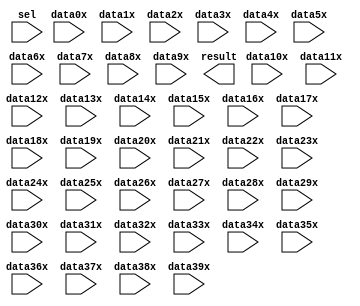
// megafunction wizard: %LPM_MUX%VBB%
// GENERATION: STANDARD
// VERSION: WM1.0
// MODULE: LPM_MUX 

// ============================================================
// Megafunction Name(s):
// 			LPM_MUX
//
// Simulation Library Files(s):
// 			lpm
// ============================================================
// ************************************************************
// THIS IS A WIZARD-GENERATED FILE. DO NOT EDIT THIS FILE!
//
// 18.1.0 Build 625 09/12/2018 SJ Lite Edition
// ************************************************************

//Copyright (C) 2018  Intel Corporation. All rights reserved.
//Your use of Intel Corporation's design tools, logic functions 
//and other software and tools, and its AMPP partner logic 
//functions, and any output files from any of the foregoing 
//(including device programming or simulation files), and any 
//associated documentation or information are expressly subject 
//to the terms and conditions of the Intel Program License 
//Subscription Agreement, the Intel Quartus Prime License Agreement,
//the Intel FPGA IP License Agreement, or other applicable license
//agreement, including, without limitation, that your use is for
//the sole purpose of programming logic devices manufactured by
//Intel and sold by Intel or its authorized distributors.  Please
//refer to the applicable agreement for further details.

module BUS_MUX (
	data0x,
	data10x,
	data11x,
	data12x,
	data13x,
	data14x,
	data15x,
	data16x,
	data17x,
	data18x,
	data19x,
	data1x,
	data20x,
	data21x,
	data22x,
	data23x,
	data24x,
	data25x,
	data26x,
	data27x,
	data28x,
	data29x,
	data2x,
	data30x,
	data31x,
	data32x,
	data33x,
	data34x,
	data35x,
	data36x,
	data37x,
	data38x,
	data39x,
	data3x,
	data4x,
	data5x,
	data6x,
	data7x,
	data8x,
	data9x,
	sel,
	result);

	input	[15:0]  data0x;
	input	[15:0]  data10x;
	input	[15:0]  data11x;
	input	[15:0]  data12x;
	input	[15:0]  data13x;
	input	[15:0]  data14x;
	input	[15:0]  data15x;
	input	[15:0]  data16x;
	input	[15:0]  data17x;
	input	[15:0]  data18x;
	input	[15:0]  data19x;
	input	[15:0]  data1x;
	input	[15:0]  data20x;
	input	[15:0]  data21x;
	input	[15:0]  data22x;
	input	[15:0]  data23x;
	input	[15:0]  data24x;
	input	[15:0]  data25x;
	input	[15:0]  data26x;
	input	[15:0]  data27x;
	input	[15:0]  data28x;
	input	[15:0]  data29x;
	input	[15:0]  data2x;
	input	[15:0]  data30x;
	input	[15:0]  data31x;
	input	[15:0]  data32x;
	input	[15:0]  data33x;
	input	[15:0]  data34x;
	input	[15:0]  data35x;
	input	[15:0]  data36x;
	input	[15:0]  data37x;
	input	[15:0]  data38x;
	input	[15:0]  data39x;
	input	[15:0]  data3x;
	input	[15:0]  data4x;
	input	[15:0]  data5x;
	input	[15:0]  data6x;
	input	[15:0]  data7x;
	input	[15:0]  data8x;
	input	[15:0]  data9x;
	input	[5:0]  sel;
	output	[15:0]  result;

endmodule

// ============================================================
// CNX file retrieval info
// ============================================================
// Retrieval info: PRIVATE: INTENDED_DEVICE_FAMILY STRING "Cyclone IV E"
// Retrieval info: PRIVATE: SYNTH_WRAPPER_GEN_POSTFIX STRING "0"
// Retrieval info: PRIVATE: new_diagram STRING "1"
// Retrieval info: LIBRARY: lpm lpm.lpm_components.all
// Retrieval info: CONSTANT: LPM_SIZE NUMERIC "40"
// Retrieval info: CONSTANT: LPM_TYPE STRING "LPM_MUX"
// Retrieval info: CONSTANT: LPM_WIDTH NUMERIC "16"
// Retrieval info: CONSTANT: LPM_WIDTHS NUMERIC "6"
// Retrieval info: USED_PORT: data0x 0 0 16 0 INPUT NODEFVAL "data0x[15..0]"
// Retrieval info: USED_PORT: data10x 0 0 16 0 INPUT NODEFVAL "data10x[15..0]"
// Retrieval info: USED_PORT: data11x 0 0 16 0 INPUT NODEFVAL "data11x[15..0]"
// Retrieval info: USED_PORT: data12x 0 0 16 0 INPUT NODEFVAL "data12x[15..0]"
// Retrieval info: USED_PORT: data13x 0 0 16 0 INPUT NODEFVAL "data13x[15..0]"
// Retrieval info: USED_PORT: data14x 0 0 16 0 INPUT NODEFVAL "data14x[15..0]"
// Retrieval info: USED_PORT: data15x 0 0 16 0 INPUT NODEFVAL "data15x[15..0]"
// Retrieval info: USED_PORT: data16x 0 0 16 0 INPUT NODEFVAL "data16x[15..0]"
// Retrieval info: USED_PORT: data17x 0 0 16 0 INPUT NODEFVAL "data17x[15..0]"
// Retrieval info: USED_PORT: data18x 0 0 16 0 INPUT NODEFVAL "data18x[15..0]"
// Retrieval info: USED_PORT: data19x 0 0 16 0 INPUT NODEFVAL "data19x[15..0]"
// Retrieval info: USED_PORT: data1x 0 0 16 0 INPUT NODEFVAL "data1x[15..0]"
// Retrieval info: USED_PORT: data20x 0 0 16 0 INPUT NODEFVAL "data20x[15..0]"
// Retrieval info: USED_PORT: data21x 0 0 16 0 INPUT NODEFVAL "data21x[15..0]"
// Retrieval info: USED_PORT: data22x 0 0 16 0 INPUT NODEFVAL "data22x[15..0]"
// Retrieval info: USED_PORT: data23x 0 0 16 0 INPUT NODEFVAL "data23x[15..0]"
// Retrieval info: USED_PORT: data24x 0 0 16 0 INPUT NODEFVAL "data24x[15..0]"
// Retrieval info: USED_PORT: data25x 0 0 16 0 INPUT NODEFVAL "data25x[15..0]"
// Retrieval info: USED_PORT: data26x 0 0 16 0 INPUT NODEFVAL "data26x[15..0]"
// Retrieval info: USED_PORT: data27x 0 0 16 0 INPUT NODEFVAL "data27x[15..0]"
// Retrieval info: USED_PORT: data28x 0 0 16 0 INPUT NODEFVAL "data28x[15..0]"
// Retrieval info: USED_PORT: data29x 0 0 16 0 INPUT NODEFVAL "data29x[15..0]"
// Retrieval info: USED_PORT: data2x 0 0 16 0 INPUT NODEFVAL "data2x[15..0]"
// Retrieval info: USED_PORT: data30x 0 0 16 0 INPUT NODEFVAL "data30x[15..0]"
// Retrieval info: USED_PORT: data31x 0 0 16 0 INPUT NODEFVAL "data31x[15..0]"
// Retrieval info: USED_PORT: data32x 0 0 16 0 INPUT NODEFVAL "data32x[15..0]"
// Retrieval info: USED_PORT: data33x 0 0 16 0 INPUT NODEFVAL "data33x[15..0]"
// Retrieval info: USED_PORT: data34x 0 0 16 0 INPUT NODEFVAL "data34x[15..0]"
// Retrieval info: USED_PORT: data35x 0 0 16 0 INPUT NODEFVAL "data35x[15..0]"
// Retrieval info: USED_PORT: data36x 0 0 16 0 INPUT NODEFVAL "data36x[15..0]"
// Retrieval info: USED_PORT: data37x 0 0 16 0 INPUT NODEFVAL "data37x[15..0]"
// Retrieval info: USED_PORT: data38x 0 0 16 0 INPUT NODEFVAL "data38x[15..0]"
// Retrieval info: USED_PORT: data39x 0 0 16 0 INPUT NODEFVAL "data39x[15..0]"
// Retrieval info: USED_PORT: data3x 0 0 16 0 INPUT NODEFVAL "data3x[15..0]"
// Retrieval info: USED_PORT: data4x 0 0 16 0 INPUT NODEFVAL "data4x[15..0]"
// Retrieval info: USED_PORT: data5x 0 0 16 0 INPUT NODEFVAL "data5x[15..0]"
// Retrieval info: USED_PORT: data6x 0 0 16 0 INPUT NODEFVAL "data6x[15..0]"
// Retrieval info: USED_PORT: data7x 0 0 16 0 INPUT NODEFVAL "data7x[15..0]"
// Retrieval info: USED_PORT: data8x 0 0 16 0 INPUT NODEFVAL "data8x[15..0]"
// Retrieval info: USED_PORT: data9x 0 0 16 0 INPUT NODEFVAL "data9x[15..0]"
// Retrieval info: USED_PORT: result 0 0 16 0 OUTPUT NODEFVAL "result[15..0]"
// Retrieval info: USED_PORT: sel 0 0 6 0 INPUT NODEFVAL "sel[5..0]"
// Retrieval info: CONNECT: @data 0 0 16 0 data0x 0 0 16 0
// Retrieval info: CONNECT: @data 0 0 16 160 data10x 0 0 16 0
// Retrieval info: CONNECT: @data 0 0 16 176 data11x 0 0 16 0
// Retrieval info: CONNECT: @data 0 0 16 192 data12x 0 0 16 0
// Retrieval info: CONNECT: @data 0 0 16 208 data13x 0 0 16 0
// Retrieval info: CONNECT: @data 0 0 16 224 data14x 0 0 16 0
// Retrieval info: CONNECT: @data 0 0 16 240 data15x 0 0 16 0
// Retrieval info: CONNECT: @data 0 0 16 256 data16x 0 0 16 0
// Retrieval info: CONNECT: @data 0 0 16 272 data17x 0 0 16 0
// Retrieval info: CONNECT: @data 0 0 16 288 data18x 0 0 16 0
// Retrieval info: CONNECT: @data 0 0 16 304 data19x 0 0 16 0
// Retrieval info: CONNECT: @data 0 0 16 16 data1x 0 0 16 0
// Retrieval info: CONNECT: @data 0 0 16 320 data20x 0 0 16 0
// Retrieval info: CONNECT: @data 0 0 16 336 data21x 0 0 16 0
// Retrieval info: CONNECT: @data 0 0 16 352 data22x 0 0 16 0
// Retrieval info: CONNECT: @data 0 0 16 368 data23x 0 0 16 0
// Retrieval info: CONNECT: @data 0 0 16 384 data24x 0 0 16 0
// Retrieval info: CONNECT: @data 0 0 16 400 data25x 0 0 16 0
// Retrieval info: CONNECT: @data 0 0 16 416 data26x 0 0 16 0
// Retrieval info: CONNECT: @data 0 0 16 432 data27x 0 0 16 0
// Retrieval info: CONNECT: @data 0 0 16 448 data28x 0 0 16 0
// Retrieval info: CONNECT: @data 0 0 16 464 data29x 0 0 16 0
// Retrieval info: CONNECT: @data 0 0 16 32 data2x 0 0 16 0
// Retrieval info: CONNECT: @data 0 0 16 480 data30x 0 0 16 0
// Retrieval info: CONNECT: @data 0 0 16 496 data31x 0 0 16 0
// Retrieval info: CONNECT: @data 0 0 16 512 data32x 0 0 16 0
// Retrieval info: CONNECT: @data 0 0 16 528 data33x 0 0 16 0
// Retrieval info: CONNECT: @data 0 0 16 544 data34x 0 0 16 0
// Retrieval info: CONNECT: @data 0 0 16 560 data35x 0 0 16 0
// Retrieval info: CONNECT: @data 0 0 16 576 data36x 0 0 16 0
// Retrieval info: CONNECT: @data 0 0 16 592 data37x 0 0 16 0
// Retrieval info: CONNECT: @data 0 0 16 608 data38x 0 0 16 0
// Retrieval info: CONNECT: @data 0 0 16 624 data39x 0 0 16 0
// Retrieval info: CONNECT: @data 0 0 16 48 data3x 0 0 16 0
// Retrieval info: CONNECT: @data 0 0 16 64 data4x 0 0 16 0
// Retrieval info: CONNECT: @data 0 0 16 80 data5x 0 0 16 0
// Retrieval info: CONNECT: @data 0 0 16 96 data6x 0 0 16 0
// Retrieval info: CONNECT: @data 0 0 16 112 data7x 0 0 16 0
// Retrieval info: CONNECT: @data 0 0 16 128 data8x 0 0 16 0
// Retrieval info: CONNECT: @data 0 0 16 144 data9x 0 0 16 0
// Retrieval info: CONNECT: @sel 0 0 6 0 sel 0 0 6 0
// Retrieval info: CONNECT: result 0 0 16 0 @result 0 0 16 0
// Retrieval info: GEN_FILE: TYPE_NORMAL BUS_MUX.v TRUE
// Retrieval info: GEN_FILE: TYPE_NORMAL BUS_MUX.inc FALSE
// Retrieval info: GEN_FILE: TYPE_NORMAL BUS_MUX.cmp FALSE
// Retrieval info: GEN_FILE: TYPE_NORMAL BUS_MUX.bsf TRUE
// Retrieval info: GEN_FILE: TYPE_NORMAL BUS_MUX_inst.v FALSE
// Retrieval info: GEN_FILE: TYPE_NORMAL BUS_MUX_bb.v TRUE
// Retrieval info: LIB_FILE: lpm